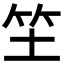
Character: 𥫦